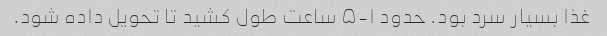
غذا بسیار سرد بود. حدود ۱-۵ ساعت طول کشید تا تحویل داده شود.